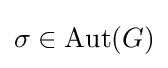
\sigma \in \mathrm {Aut} (G)